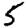
Digit: 5